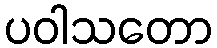
ပဝါသတော